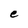
Character: e